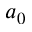
a _ { 0 }